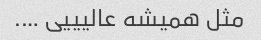
مثل همیشه عالیییی ….